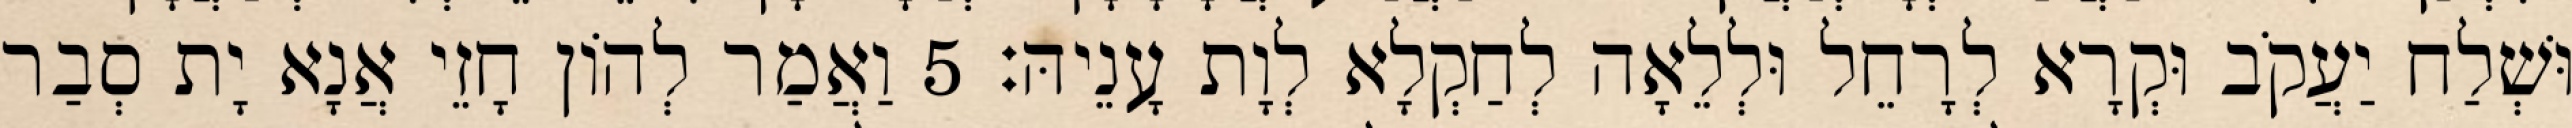
וּשְׁלַח יַעֲקֹב וּקְרָא לְרָחֵל וּלְלֵאָה לְחַקְלָא לְוָת עָנֵיהּ׃ 5 וַאֲמַר לְהוֹן חָזֵי אֲנָא יָת סְבַר